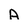
Character: A